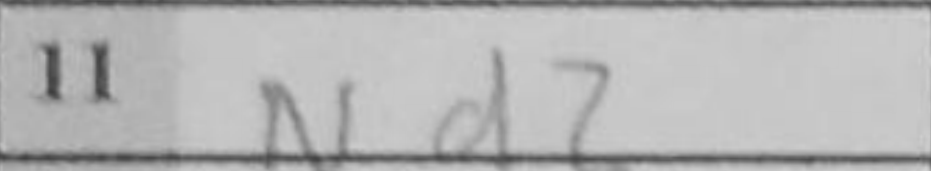
Transcription: Nd2